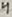
Text: 4